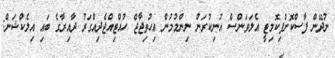
ނުދޭން ފާސްކޮށްފިކޮމިޓީ އެލަވަންސް އުނިކުރަން ނިންމުމުން އިހުތިޖާޖް ހުއްޓިއްޖެދިއްގަރު ދާއިރާގެ ބައި އިލެކްޝަން: